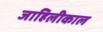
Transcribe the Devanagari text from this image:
जाहिलीकाल